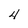
Character: 4